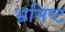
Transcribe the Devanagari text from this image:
भ्रमिष्ट